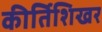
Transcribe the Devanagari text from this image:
कीर्तिशिखर